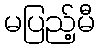
မပြည့်မီ